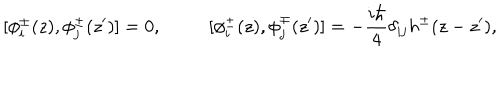
LaTeX: [ \phi _ { i } ^ { \pm } ( z ) , \phi _ { j } ^ { \pm } ( z ^ { \prime } ) ] = 0 , ~ [ \phi _ { i } ^ { \pm } ( z ) , \phi _ { j } ^ { \mp } ( z ^ { \prime } ) ] = - \frac { i \hbar } { 4 } \delta _ { i j } h ^ { \pm } ( z - z ^ { \prime } ) ,